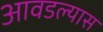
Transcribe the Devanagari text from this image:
आवडल्यास